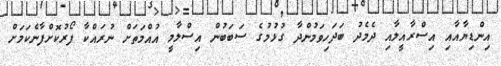
އިންޑިޔާއާއި އިސްރާއީލާއި ދެމެދު ބަދަހިވަމުންދާ ގުޅުމުގެ ސަބަބުން އިސްލާމީ އުއްމަތަށް ނުރައްކާ ފޯރުކޮށްފާނެކަމަށް